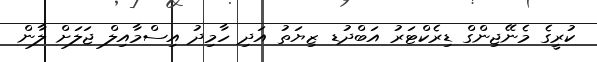
ކުރީގެ މެނޭޖިންގް ޑިރެކްޓަރު އަބްދުޑ ޒިޔަތު އަދި ހާމިދު އިސްމާއިލް ޖަލަށް ލާން